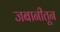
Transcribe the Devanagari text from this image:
जबानीतून